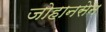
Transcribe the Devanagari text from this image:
जोहानसेन